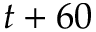
t + 6 0